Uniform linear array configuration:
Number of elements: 32
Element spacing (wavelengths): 1
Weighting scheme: exponential
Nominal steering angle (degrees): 60
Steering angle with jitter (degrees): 59.829
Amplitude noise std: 0.05
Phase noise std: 0.05

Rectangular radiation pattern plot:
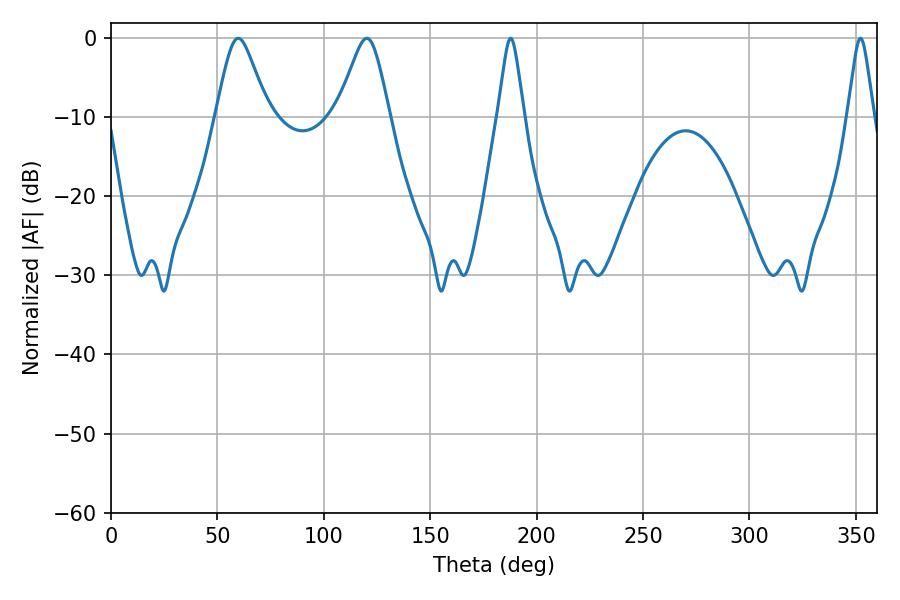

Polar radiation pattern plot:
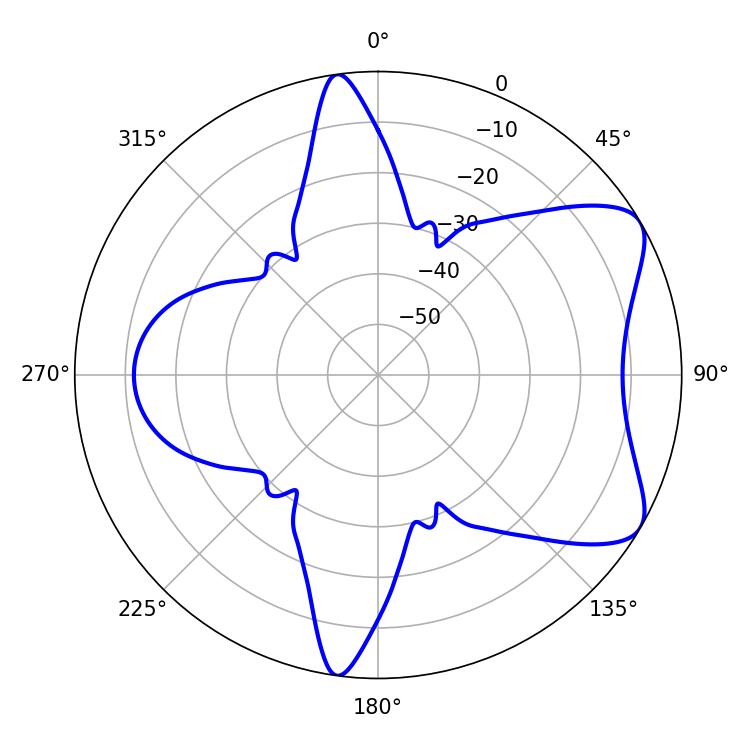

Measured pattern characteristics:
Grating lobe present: TRUE
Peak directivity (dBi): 7.063
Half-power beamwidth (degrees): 11.88
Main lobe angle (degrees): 59.76